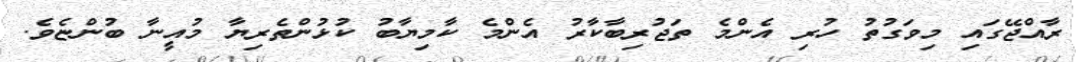
ރާއްޖޭގައި މިވަގުތު ހުރި އެންމެ ތަޖުރިބާކާރު އެންމެ ކާމިޔާބު ކުޅުންތެރިޔާ މުއީނާ ބުންޏެވެ.